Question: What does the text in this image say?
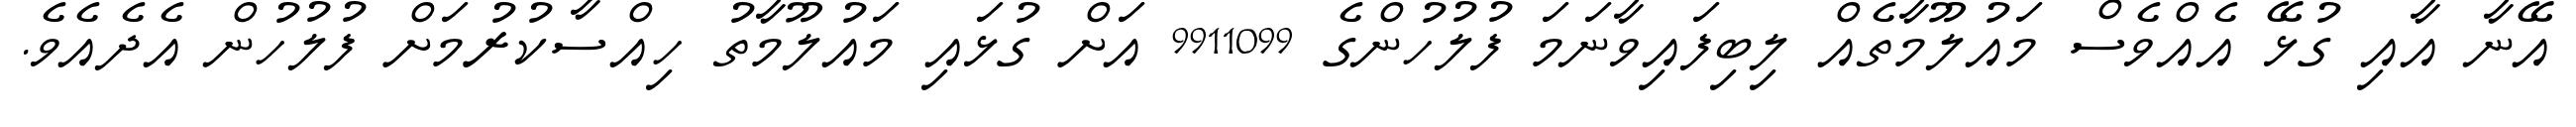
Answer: އޭނާ އާއި ގުޅޭ އެއްވެސް މައުލޫމާތެއް ލިބިފައިވާނަމަ ފުލުހުންގެ 9911099 އަށް ގުޅައި މައުލޫމާތު ހިއްސާކުރުމަށް ފުލުހުން އެދެއެވެ.